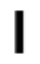
I